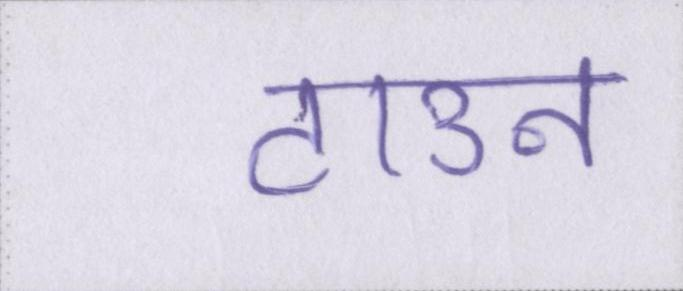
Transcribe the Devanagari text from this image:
टाउन